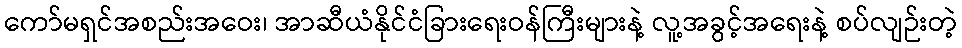
ကော်မရှင်အစည်းအဝေး၊ အာဆီယံနိုင်ငံခြားရေးဝန်ကြီးများနဲ့ လူ့အခွင့်အရေးနဲ့ စပ်လျဉ်းတဲ့